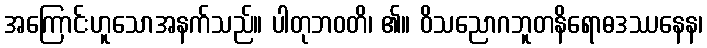
အကြောင်းဟူသောအနက်သည်။ ပါတုဘဝတိ၊ ၏။ ဝိသညောဂဘူတနိရောဓဒဿနေန၊